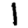
Digit: 1